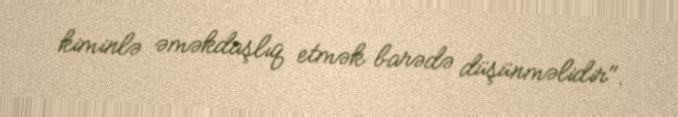
kiminlə əməkdaşlıq etmək barədə düşünməlidir".